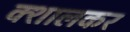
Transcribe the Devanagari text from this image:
क्शालकर